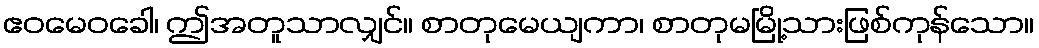
ဧဝမေဝခေါ၊ ဤအတူသာလျှင်။ စာတုမေယျကာ၊ စာတုမမြို့သားဖြစ်ကုန်သော။